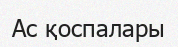
Ас қоспалары